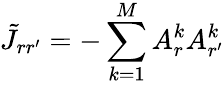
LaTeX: \tilde{J}_{rr^{\prime}}=-\sum_{k=1}^{M}A_{r}^{k}A_{r^{\prime}}^{k}